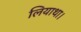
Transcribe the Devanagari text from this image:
लियाथा।